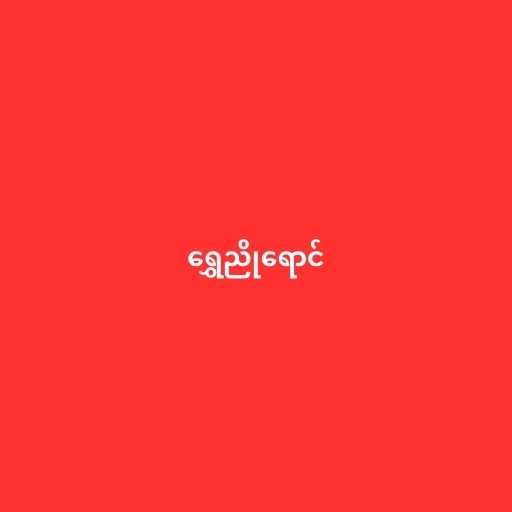
ရွှေညိုရောင်